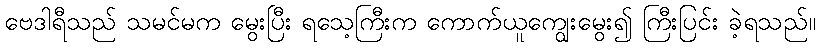
ဗေဒါရီသည် သမင်မက မွေးပြီး ရသေ့ကြီးက ကောက်ယူကျွေးမွေး၍ ကြီးပြင်း ခဲ့ရသည်။